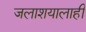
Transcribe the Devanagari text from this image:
जलाशयालाही